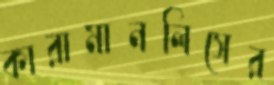
কারামানলিসের